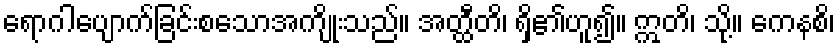
ရောဂါပျောက်ခြင်းစသောအကျိုးသည်။ အတ္ထီတိ၊ ရှိ၏ဟူ၍။ ဣတိ၊ သို့။ ကေနစိ၊